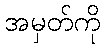
အမှတ်ကို